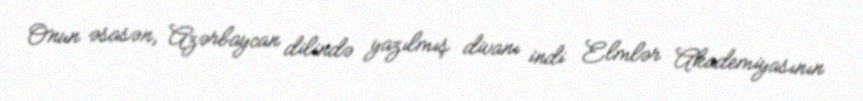
Onun əsasən, Azərbaycan dilində yazılmış divanı indi Elmlər Akademiyasının